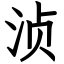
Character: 浈